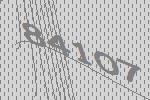
84107